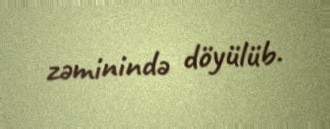
zəminində döyülüb.